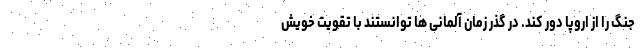
جنگ را از اروپا دور کند. در گذر زمان آلمانی ها توانستند با تقویت خویش